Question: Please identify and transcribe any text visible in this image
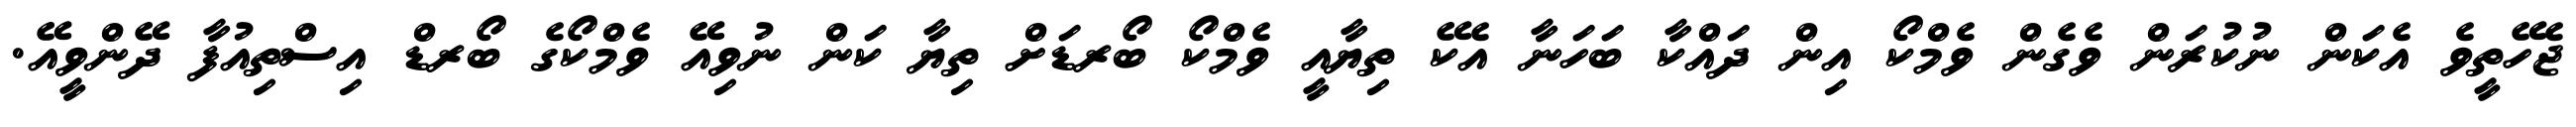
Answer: ޖެހޭތީވެ އެކަން ނުކުރަން ވެގެން ވެމްކޯ އިން ދައްކާ ބަހަނާ އެކޭ ތިޔާއީ ވެމްކޯ ބޯރޑަށް ތިޔާ ކަން ނުވިއޭ ވެމްކޯގެ ބޯރޑް އިސްތިއުފާ ދޭންވީއޭ.